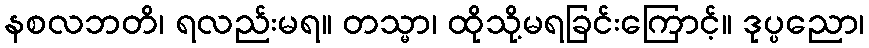
နစလဘတိ၊ ရလည်းမရ။ တသ္မာ၊ ထိုသို့မရခြင်းကြောင့်။ ဒုပ္ပညော၊